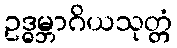
ဥဒ္ဓမ္ဘာဂိယသုတ္တံ